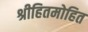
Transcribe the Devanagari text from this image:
श्रीहितमोहित